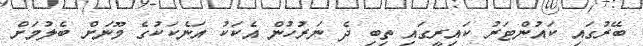
ބޭރުގައި ކައުންޓަރު ކައިރީގައި ތިބި ދެ ނަރުހުން އެކަކު އަނެކަކުގެ މޫނަށް ބެލުމަށް